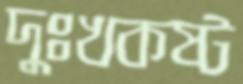
দুঃখকষ্ট